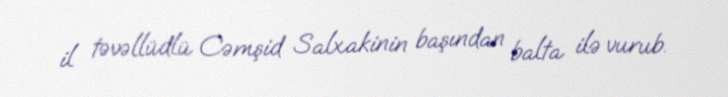
il təvəllüdlü Cəmşid Salxakinin başından balta ilə vurub.